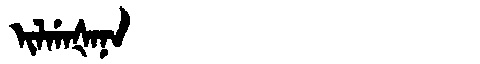
Manchu: ᡳᠯᡤᠠᡧᠠᠨᠠ
Romanization: ILGAŠANA